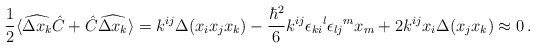
\begin{align*} \frac{1}{2}\langle\widehat{\Delta x_k}\hat{C}+ \hat{C}\widehat{\Delta x_k}\rangle=k^{ij}\Delta(x_ix_jx_k)- \frac{\hbar^2}{6}k^{ij}\epsilon_{ki}{}^l\epsilon_{lj}{}^m x_m + 2k^{ij}x_i \Delta(x_jx_k)\approx0\,.\end{align*}